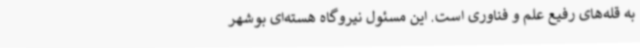
به قله‌های رفیع علم و فناوری است. این مسئول نیروگاه هسته‌ای بوشهر